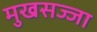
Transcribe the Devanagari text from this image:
मुखसज्जा